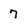
Character: 7